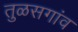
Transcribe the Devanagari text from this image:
तुळसगांव